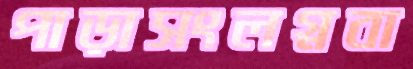
পাড়াসংলগ্নবা